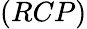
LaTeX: (RCP)